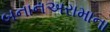
બનાનઅરામાના